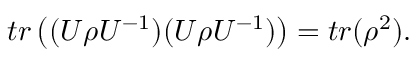
t r \left( ( U \rho U ^ { - 1 } ) ( U \rho U ^ { - 1 } ) \right) = t r ( \rho ^ { 2 } ) .